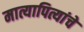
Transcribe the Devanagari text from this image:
मात्यापित्यांचे